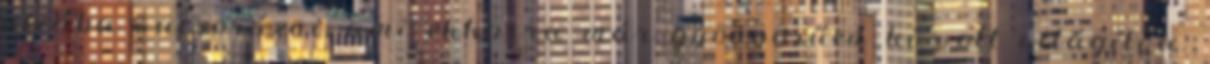
utcába vacsorázni, ami ekkorra már gyönyörűen ki volt világítva.